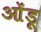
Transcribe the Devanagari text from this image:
ओंडू